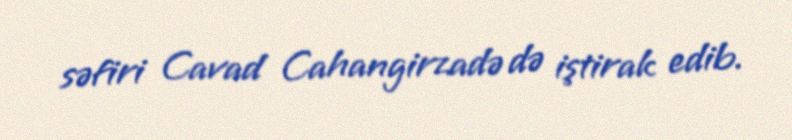
səfiri Cavad Cahangirzadə də iştirak edib.